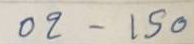
02 - 150